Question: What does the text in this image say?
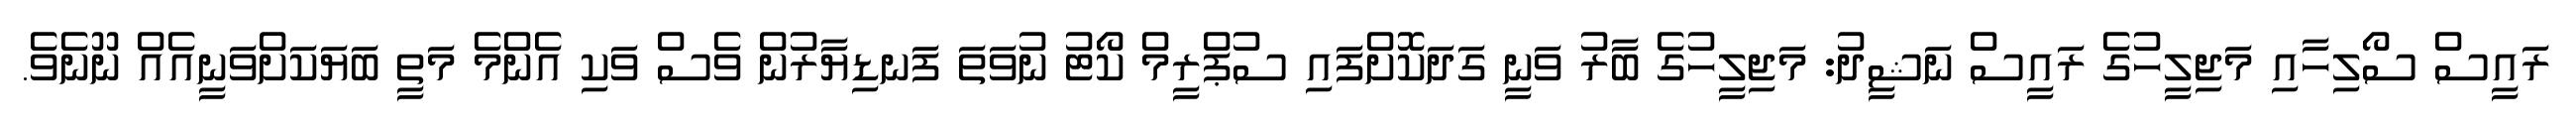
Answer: ރައީސް ސޯލިހާއި މަޖިލީހުގެ ރައީސް ނަޝީދު: މަޖިލީހުގެ ބާރު ވަނީ ގަދަކޮށްފައި ސުޕްރީމް ކޯޓު ނުވަތަ ފަނޑިޔާރުން ވެސް ވަކި އެންމެ މަތީ ބަޔަކަށްވަނީއެއް ނޫނެވެ.